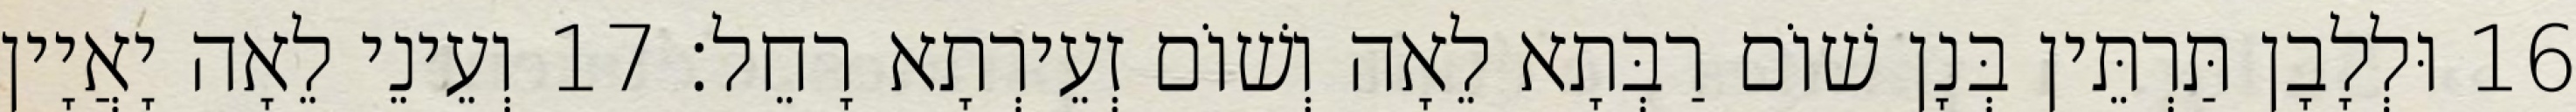
16 וּלְלָבָן תַּרְתֵּין בְּנָן שׁוֹם רַבְּתָא לֵאָה וְשׁוֹם זְעֵירְתָא רָחֵל׃ 17 וְעֵינֵי לֵאָה יָאֲיָין